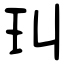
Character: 㺩